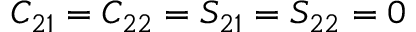
C _ { 2 1 } = C _ { 2 2 } = S _ { 2 1 } = S _ { 2 2 } = 0